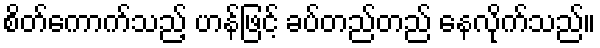
စိတ်ကောက်သည့် ဟန်ဖြင့် ခပ်တည်တည် နေလိုက်သည်။